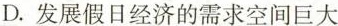
D.发展假日经济的需求空间巨大